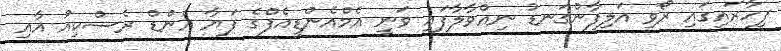
ފިހާރައިގައި ރޯވި އަލިފާންގަނޑު ނިއްވާލާފައި ވަނީ އެމްއެންޑީއެފްގެ ފަޔާ އެންޑް ރެސްކިއު އާއި